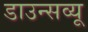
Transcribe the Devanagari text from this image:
डाउन्सव्यू